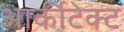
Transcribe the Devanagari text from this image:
आर्कीटेक्ट